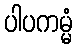
ပါပကမ္မံ